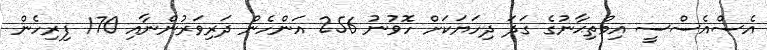
އެސްއެސްސީ އިމްތިޙާނުގެ ގަދަ ދިހަޔަކަށް ހޮވުނު 256 އަންހެން ދަރިވަރުންނާއި 170 ފިރިހެން